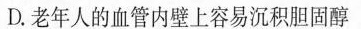
D.老年人的血管内壁上容易沉积胆固醇